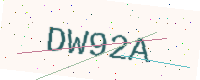
Text: DW92A